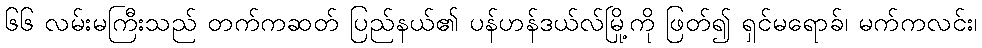
၆၆ လမ်းမကြီးသည် တက်ကဆတ် ပြည်နယ်၏ ပန်ဟန်ဒယ်လ်မြို့ကို ဖြတ်၍ ရှင်မရောခ်၊ မက်ကလင်း၊